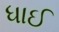
ધાઈ